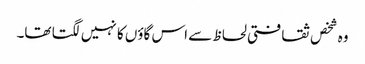
وہ شخص ثقافتی لحاظ سے اس گاؤں کا نہیں لگتا تھا۔